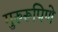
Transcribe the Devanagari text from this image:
गुरुरूपिणे